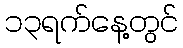
၁၃ရက်နေ့တွင်